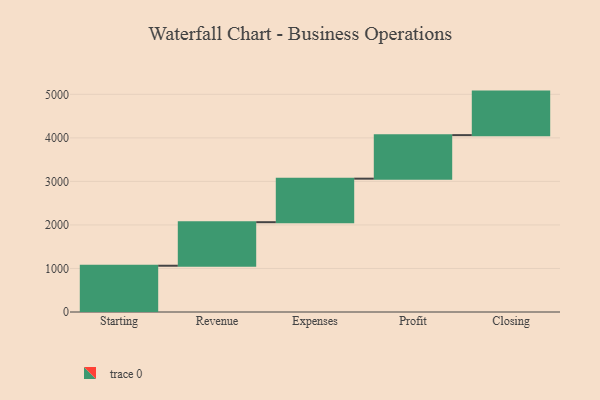
{"axis": {"x": "Step", "y": "Value"}, "legend": [""], "data": [{"x": "Starting", "y": 1063.0, "type": ""}, {"x": "Revenue", "y": 1000, "type": ""}, {"x": "Expenses", "y": 1000, "type": ""}, {"x": "Profit", "y": 1000, "type": ""}, {"x": "Closing", "y": 1000, "type": ""}]}